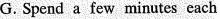
G. Spend a few minutes each